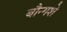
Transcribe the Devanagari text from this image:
बौन्गशे